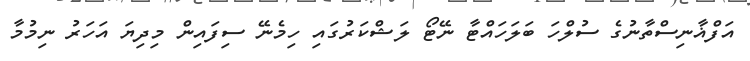
އަފްޣާނިސްތާނުގެ ސުލްހަ ބަލަހައްޓާ ނޭޓޯ ލަޝްކަރުގައި ހިމެނޭ ސިފައިން މިދިޔަ އަހަރު ނިމުމާ